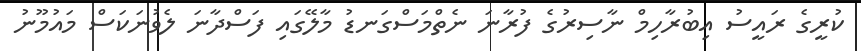
ކުރީގެ ރައީސު އިބުރާހިމް ނާސިރުގެ ފުރާނަ ނެތްމަސްގަނޑު މާލޭގައި ފަސްދާނަ ލެވުނަކަސް މައުމޫނު